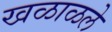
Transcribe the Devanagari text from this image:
खळाळले